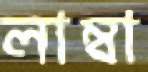
লাম্বা